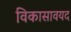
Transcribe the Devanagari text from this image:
विकासावयद